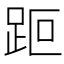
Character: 𧿽